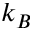
k _ { B }